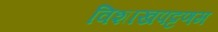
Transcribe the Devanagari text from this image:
विशाखपट्टणम